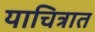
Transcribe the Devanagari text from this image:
याचित्रात